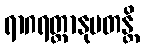
ရာဂရတ္တာနုပတန္တိ